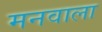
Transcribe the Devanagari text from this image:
मनवाला